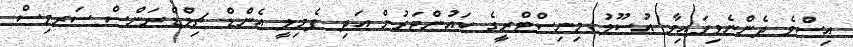
އިސްވެ ދެންނެވިފައިވާ އުސޫލު މިނިސްޓްރީގެ ކައުންޓަރުން އަދި ފެމިލީ އެންޑް ޗިލްޑްރަންސް ސަރވިސް